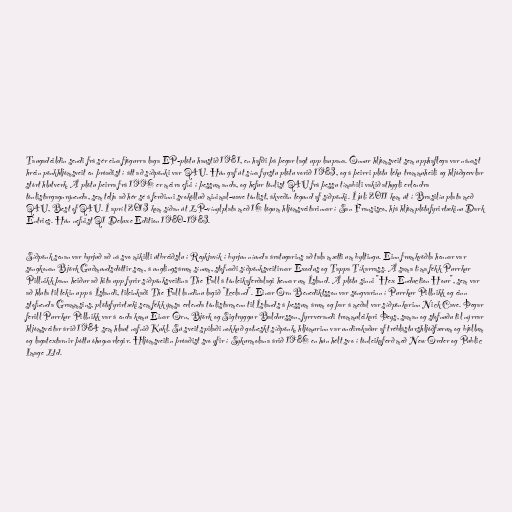
Taugadeildin sendi frá sér eina fjögurra laga EP-plötu haustið 1981, en hafði þá þegar lagt upp laupana. Önnur hljómsveit sem upphaflega var nánast
hrein pönkhljómsveit en þróaðist í átt að síðpönki var Q4U. Hún gaf út sína fyrstu plötu vorið 1983, og á þeirri plötu léku trommuheili og hljóðgervlar
stórt hlutverk. Á plötu þeirra frá 1996 er meira efni í þessum anda, og hefur tónlist Q4U frá þessu tímabili vakið athygli erlendra
tónlistargagnrýnenda, sem telja að hér sé á ferðinni svokölluð minimal-wave tónlist, ákveðin tegund af síðpönki. Í júlí 2011 kom út í Brasilíu plata með
Q4U, Best of Q4U. Í apríl 2013 kom síðan út LP-vínylplata með 16 lögum hljómsveitarinnar í San Fransisco, hjá hljómplötufyrirtækinu Dark
Entries. Hún nefnist Q1 Deluxe Edition 1980-1983.

Síðpönk senan var byrjuð að ná svo mikilli útbreiðslu í Reykjavík í byrjun níunda áratugarins að tala mætti um byltingu. Einn frumkvöðla hennar var
söngkonan Björk Guðmundsdóttir sem, á unglingsárum sínum, stofnaði síðpönksveitirnar Exodus og Tappa Tíkarrass. Á sama tíma fékk Purrkur
Pillnikk þann heiður að hita upp fyrir síðpönksveitina The Fall á tónleikaferðalagi hennar um Ísland. Á plötu sinni "Hex Enduction Hour", sem var
að hluta til tekin upp á Íslandi, tileinkaði The Fall landinu lagið "Iceland". Einar Örn Benediktsson var söngvarinn í Purrkur Pillnikk og einn
stofnenda Grammsins, plötufyrirtæki sem fékk ýmsa erlenda tónlistarmenn til Íslands á þessum árum og þar á meðal var síðpönkarinn Nick Cave. Þegar
ferill Purrkur Pillnikk var á enda komu Einar Örn, Björk og Sigtryggur Baldursson, fyrrverandi trommuleikari Þeys, saman og stofnuðu til nýrrar
hljómsveitar árið 1984 sem hlaut nafnið Kukl. Sú sveit spilaði nokkuð gotneskt síðpönk, hljómurinn var undirokaður af tréblásturshljóðfærum og bjöllum
og lagatextarnir þóttu óhugnarlegir. Hljómsveitin þróaðist svo yfir í Sykurmolana árið 1986 en hún hélt svo í tónleikaferð með New Order og Public
Image Ltd.